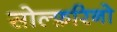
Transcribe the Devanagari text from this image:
सोल्फ़रिनो